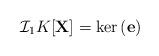
LaTeX: \begin{align*}\mathcal I_1K[\textbf{X}]=\ker\,(\bf e)\end{align*}